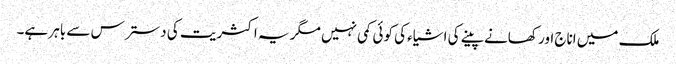
ملک میں اناج اور کھانے پینے کی اشیاء کی کوئی کمی نہیں مگر یہ اکثریت کی دسترس سے باہر ہے۔